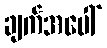
ချက်အပေါ်